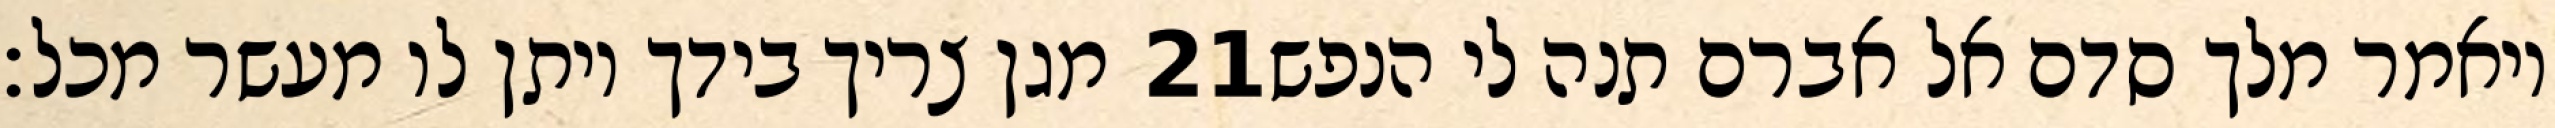
מגן צריך בידך ויתן לו מעשר מכל׃ ‎21‏ ויאמר מלך סדם אל אברם תנה לי הנפש